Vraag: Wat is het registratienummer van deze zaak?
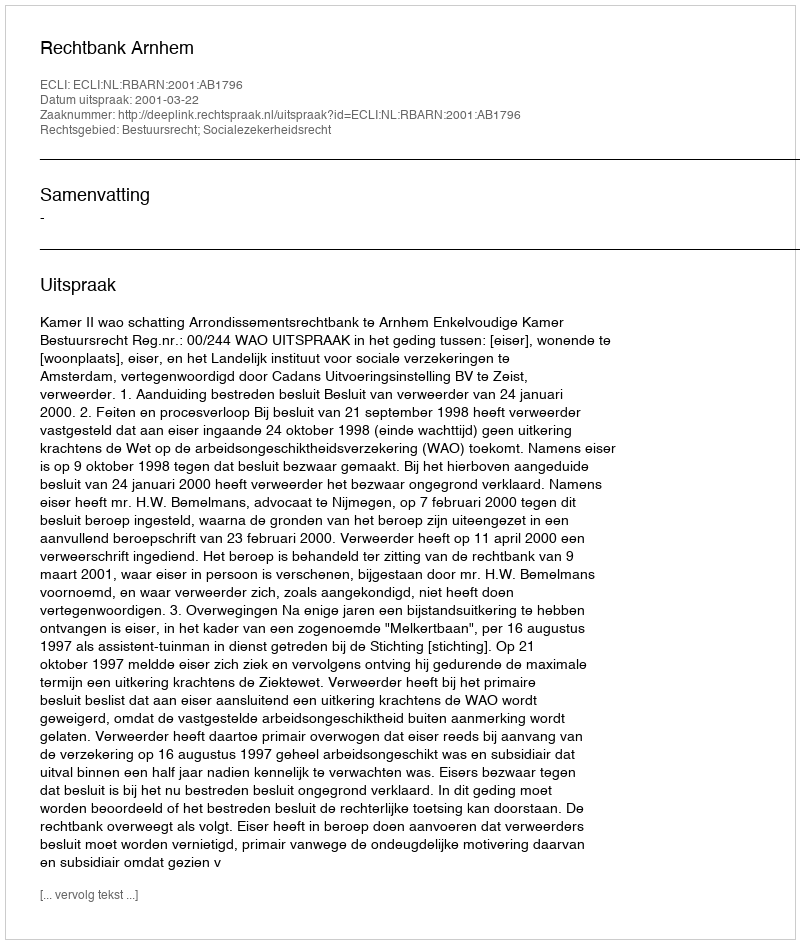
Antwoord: http://deeplink.rechtspraak.nl/uitspraak?id=ECLI:NL:RBARN:2001:AB1796